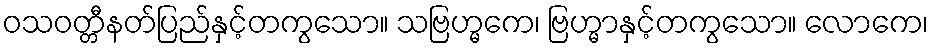
ဝသဝတ္တီနတ်ပြည်နှင့်တကွသော။ သဗြဟ္မကေ၊ ဗြဟ္မာနှင့်တကွသော။ လောကေ၊